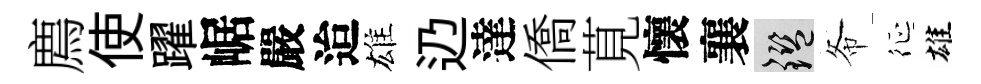
廌使躍崌嚴迨雄辸達僑莧懷襄鑒𢁙征雄